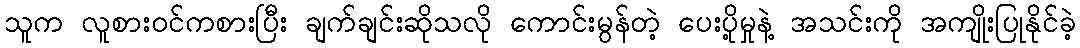
သူက လူစားဝင်ကစားပြီး ချက်ချင်းဆိုသလို ကောင်းမွန်တဲ့ ပေးပို့မှုနဲ့ အသင်းကို အကျိုးပြုနိုင်ခဲ့